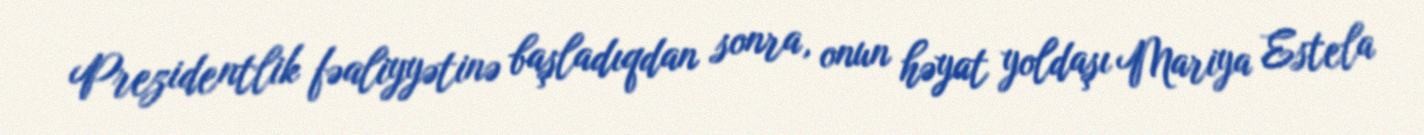
Prezidentlik fəaliyyətinə başladıqdan sonra, onun həyat yoldaşı Mariya Estela